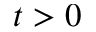
t > 0